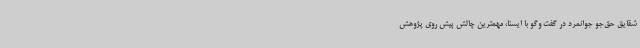
شقایق حق‌جو جوانمرد در گفت وگو با ایسنا، مهمترین چالش پیش روی پژوهش